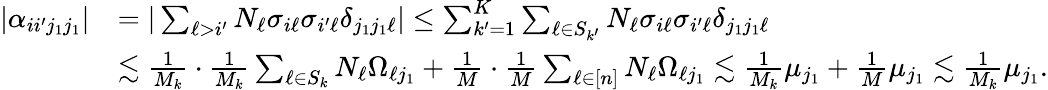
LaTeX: \begin{array}{rl}{|\alpha_{ii^{\prime}j_{1}j_{1}}|}&{=|\sum_{\ell>i^{\prime}}N_{\ell}\sigma_{i\ell}\sigma_{i^{\prime}\ell}\delta_{j_{1}j_{1}\ell}|\leq\sum_{k^{\prime}=1}^{K}\sum_{\ell\in S_{k^{\prime}}}N_{\ell}\sigma_{i\ell}\sigma_{i^{\prime}\ell}\delta_{j_{1}j_{1}\ell}}\\ &{\lesssim\frac{1}{M_{k}}\cdot\frac{1}{M_{k}}\sum_{\ell\in S_{k}}N_{\ell}\Omega_{\ell j_{1}}+\frac{1}{M}\cdot\frac{1}{M}\sum_{\ell\in[n]}N_{\ell}\Omega_{\ell j_{1}}\lesssim\frac{1}{M_{k}}\mu_{j_{1}}+\frac{1}{M}\mu_{j_{1}}\lesssim\frac{1}{M_{k}}\mu_{j_{1}}.}\end{array}